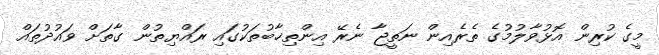
މީގެ ކުރިން އޮޅުވާލުމުގެ ތެރެއިން ނަތީޖާ ނެރޭ އިންތިޚާބުތަކުގައި ރައްޔިތުން ގާތަށް ވައުދުތައް